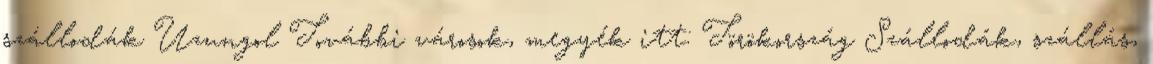
szállodák Uzungol További városok, megyék itt: Törökország Szállodák, szállás,